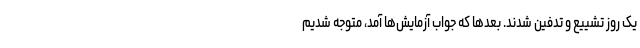
یک روز تشییع و تدفین شدند. بعدها که جواب آزمایش‌ها آمد، متوجه شدیم